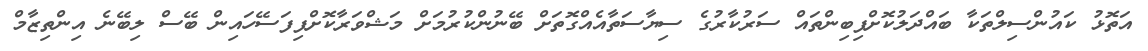
އަތޮޅު ކައުންސިލްތަކާ ބައްދަލުކޮށްފިބިންތައް ސަރުކާރުގެ ސިޔާސަތާއެއްގޮތަށް ބޭނުންކުރުމަށް މަޝްވަރާކޮށްފިފަސޭހައިން ބޭސް ލިބޭނެ އިންތިޒާމް